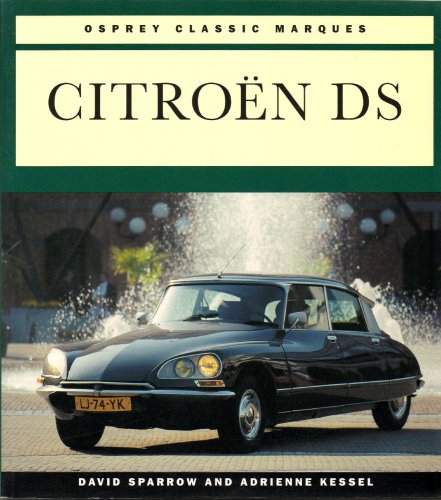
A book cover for Citroen Ds (Osprey Classic Marques); David Sparrow; Engineering & Transportation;